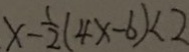
x - \frac { 1 } { 2 } ( 4 x - 6 ) < 2